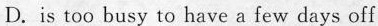
D.is too busy to have a few days off